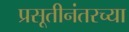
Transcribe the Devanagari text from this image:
प्रसूतीनंतरच्या